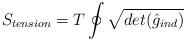
LaTeX: \begin{align*}S_{tension}=T \oint \sqrt {det({\hat g_{ind}})}\end{align*}